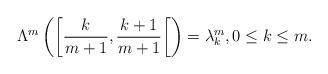
LaTeX: \begin{align*} \Lambda^m \left(\left [ \frac{k}{m+1}, \frac{k+1}{m+1}\right[ \right) = \lambda_k^m, 0 \leq k \leq m . \end{align*}